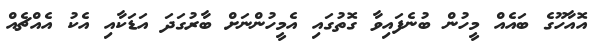
އޮއާހޫގެ ބައެއް މީހުން ބުނެފައިވާ ގޮތުގައި އެމީހުންނަށް ބާރުގަދަ އަޑަކާއި އެކު އެއްޗެއް